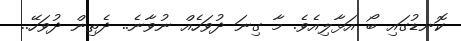
ކޮނޑުގައި ބޯ އަޅާލިއެވެ. މާ ގިނަ ދުވަހެއް ނުވާނެ.. ދެތިން ދުވަހޭ..